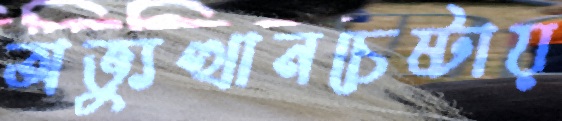
অভ্যুত্থানচেষ্টায়